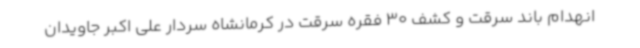
انهدام باند سرقت و کشف 30 فقره سرقت در کرمانشاه سردار علی اکبر جاویدان